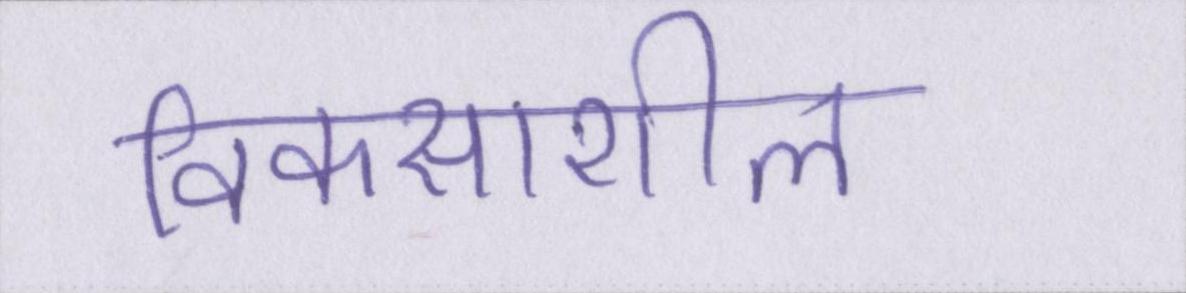
विकसाशील